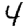
Digit: 4